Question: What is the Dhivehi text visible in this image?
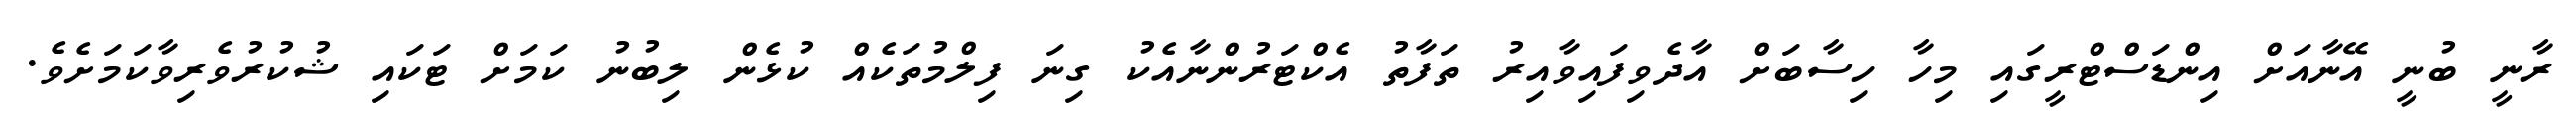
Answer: ރާނީ ބުނީ އޭނާއަށް އިންޑަސްޓްރީގައި މިހާ ހިސާބަށް އާދެވިފައިވާއިރު ތަފާތު އެކްޓަރުންނާއެކު ގިނަ ފިލްމުތަކެއް ކުޅެން ލިބުނު ކަމަށް ޓަކައި ޝުކުރުވެރިވާކަމަށެވެ.